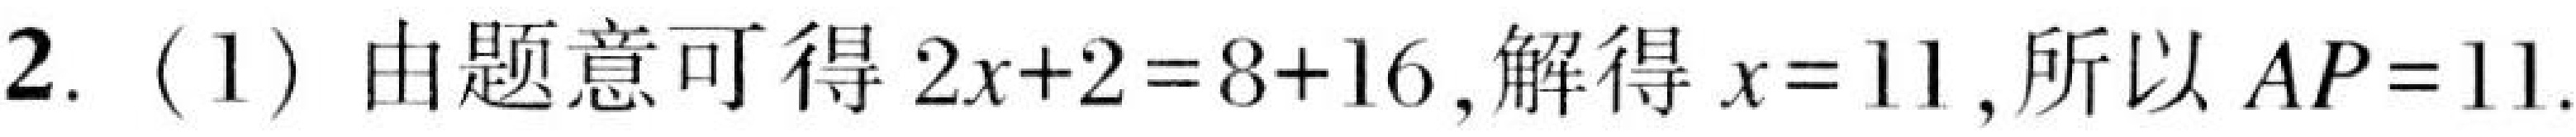
2. (1) 由题意可得\(2x + 2 = 8 + 16\),解得\(x = 11\),所以\(AP = 11\).